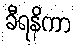
ခီရနိကာ